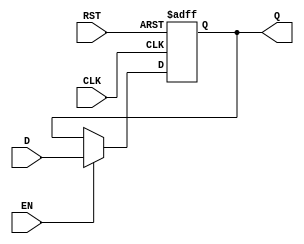
module DataRegister #(
    parameter WIDTH = 8  // Parameter to define the bit width of the register
)(
    input  wire [WIDTH-1:0] D,   // Data input
    input  wire CLK,              // Clock signal
    input  wire RST,              // Asynchronous reset
    input  wire EN,               // Enable signal
    output reg  [WIDTH-1:0] Q     // Data output
);

// Sequential logic block
always @(posedge CLK or posedge RST) begin
    if (RST) begin
        Q <= {WIDTH{1'b0}};  // Clear the register on reset, set to zero
    end else if (EN) begin
        Q <= D;              // Capture input data on clock edge if enabled
    end
    // If EN is low, retain the previous value of Q
end

endmodule